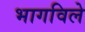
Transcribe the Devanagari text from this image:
भागविले